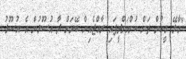
"މާލޭ މީހުން ތަން ކުށްޔަށްދީފައި ރާއްޖެއިން ބޭރަށް ދާ އުސޫލުން އެ އުސޫލު